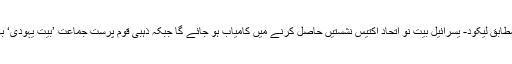
نتائج کے ابتدائی جائزوں کے مطابق لیکود- یسرائیل بیتِ نو اتحاد اکتیس نشستیں حاصل کرنے میں کامیاب ہو جائے گا جبکہ ذہبی قوم پرست جماعت ’بیت یہودی‘ بارہ سیٹیں حاصل کر سکے گی۔